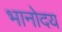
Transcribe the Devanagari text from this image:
भानोदय